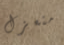
منعزل